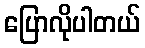
ပြောလိုပါတယ်